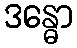
ဒန္ဓော